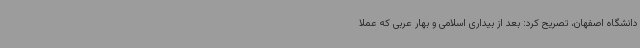
دانشگاه اصفهان، تصریح کرد: بعد از بیداری اسلامی و بهار عربی که عملاً